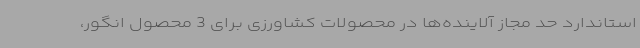
استاندارد حد مجاز آلاینده‌ها در محصولات کشاورزی برای 3 محصول انگور،